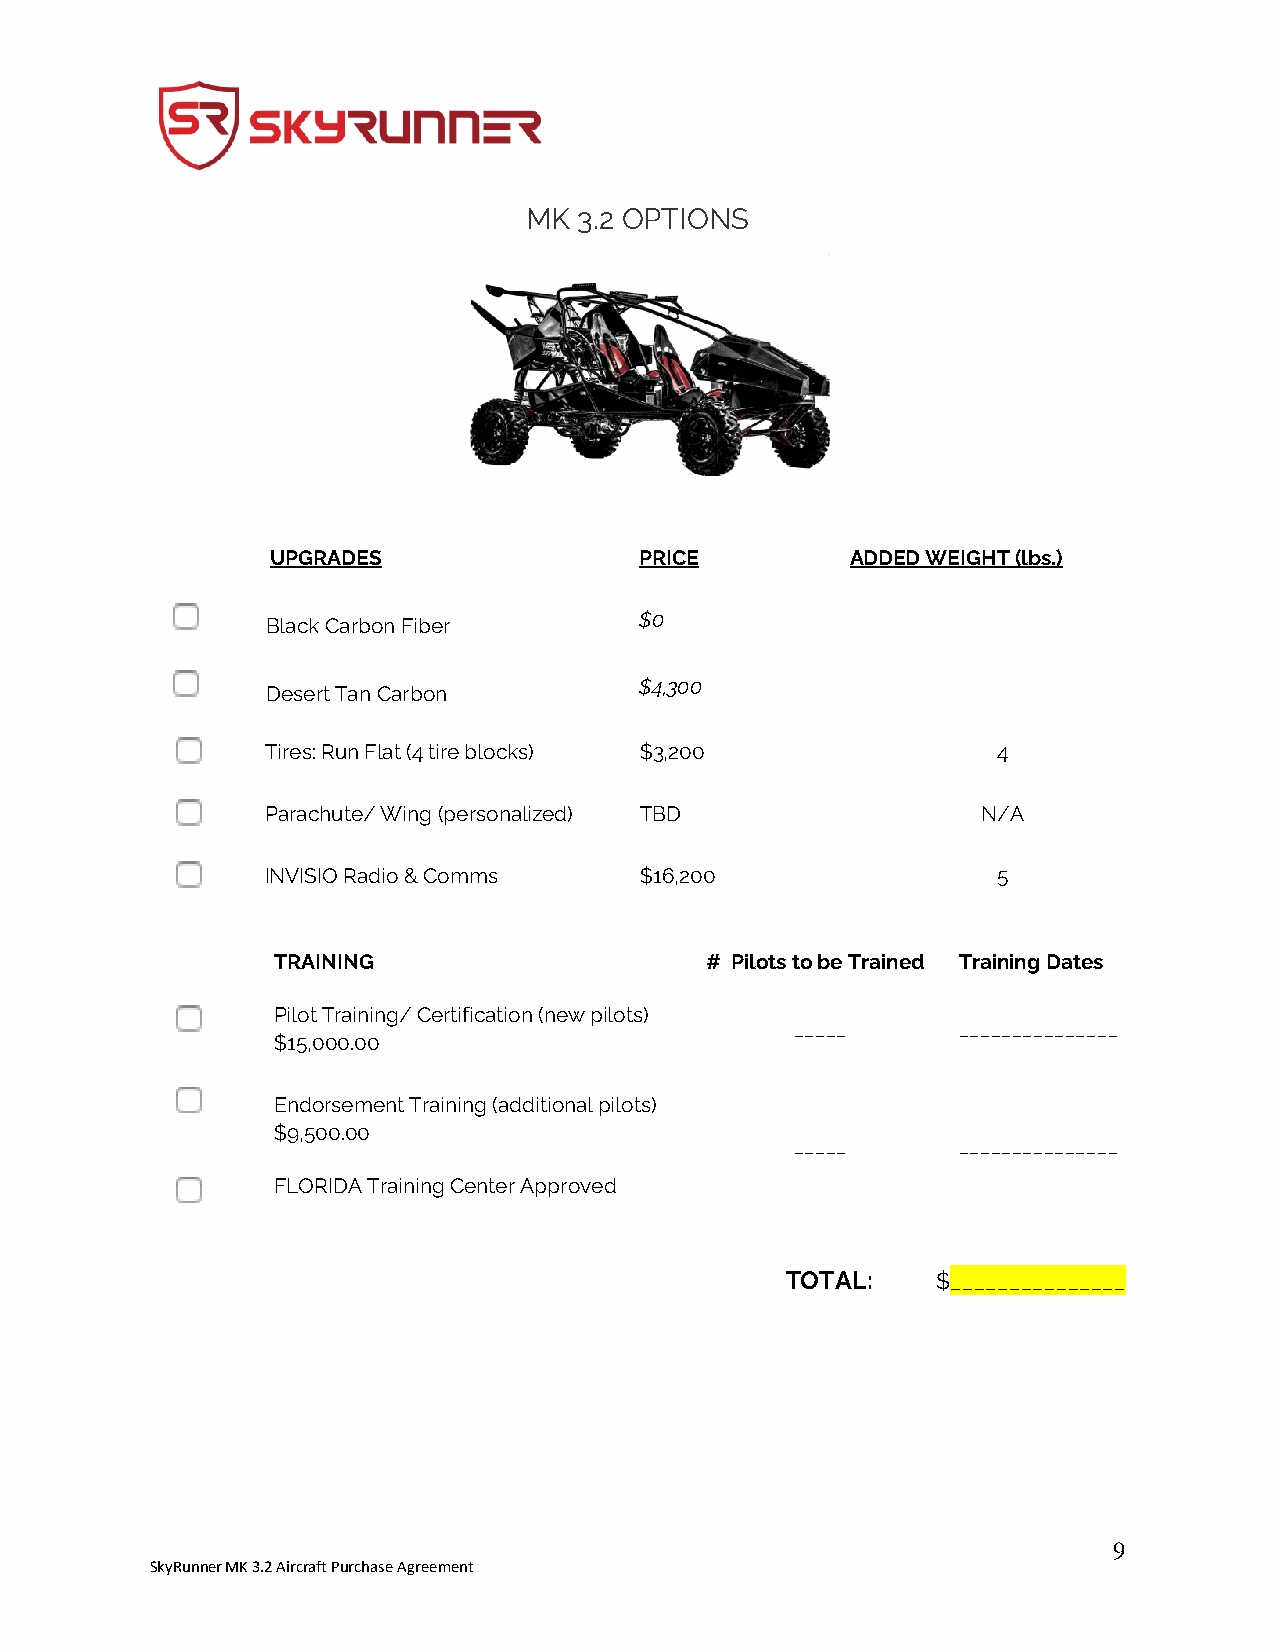
MK 3.2 OPTIONS
 UPGRADES                PRICE         ADDED WEIGHT (lbs.)
 $0
 Black Carbon Fiber
 $4,300
 Desert Tan Carbon
 Tires: Run Flat (4 tire blocks) $3,200          4
 Parachute/ Wing (personalized) TBD             N/A
 INVISIO Radio & Comms   $16,200                 5
 TRAINING                     # Pilots to be Trained Training Dates
 Pilot Training/ Certification (new pilots)
 _____     _______________
 $15,000.00
 Endorsement Training (additional pilots)
 $9,500.00
 _____     _______________
 FLORIDA Training Center Approved
 TOTAL:    $_______________
 9
 SkyRunner MK 3.2 Aircraft Purchase Agreement